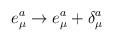
LaTeX: \begin{align*}e_\mu^a \to e_\mu^a+ \delta_\mu^a\end{align*}